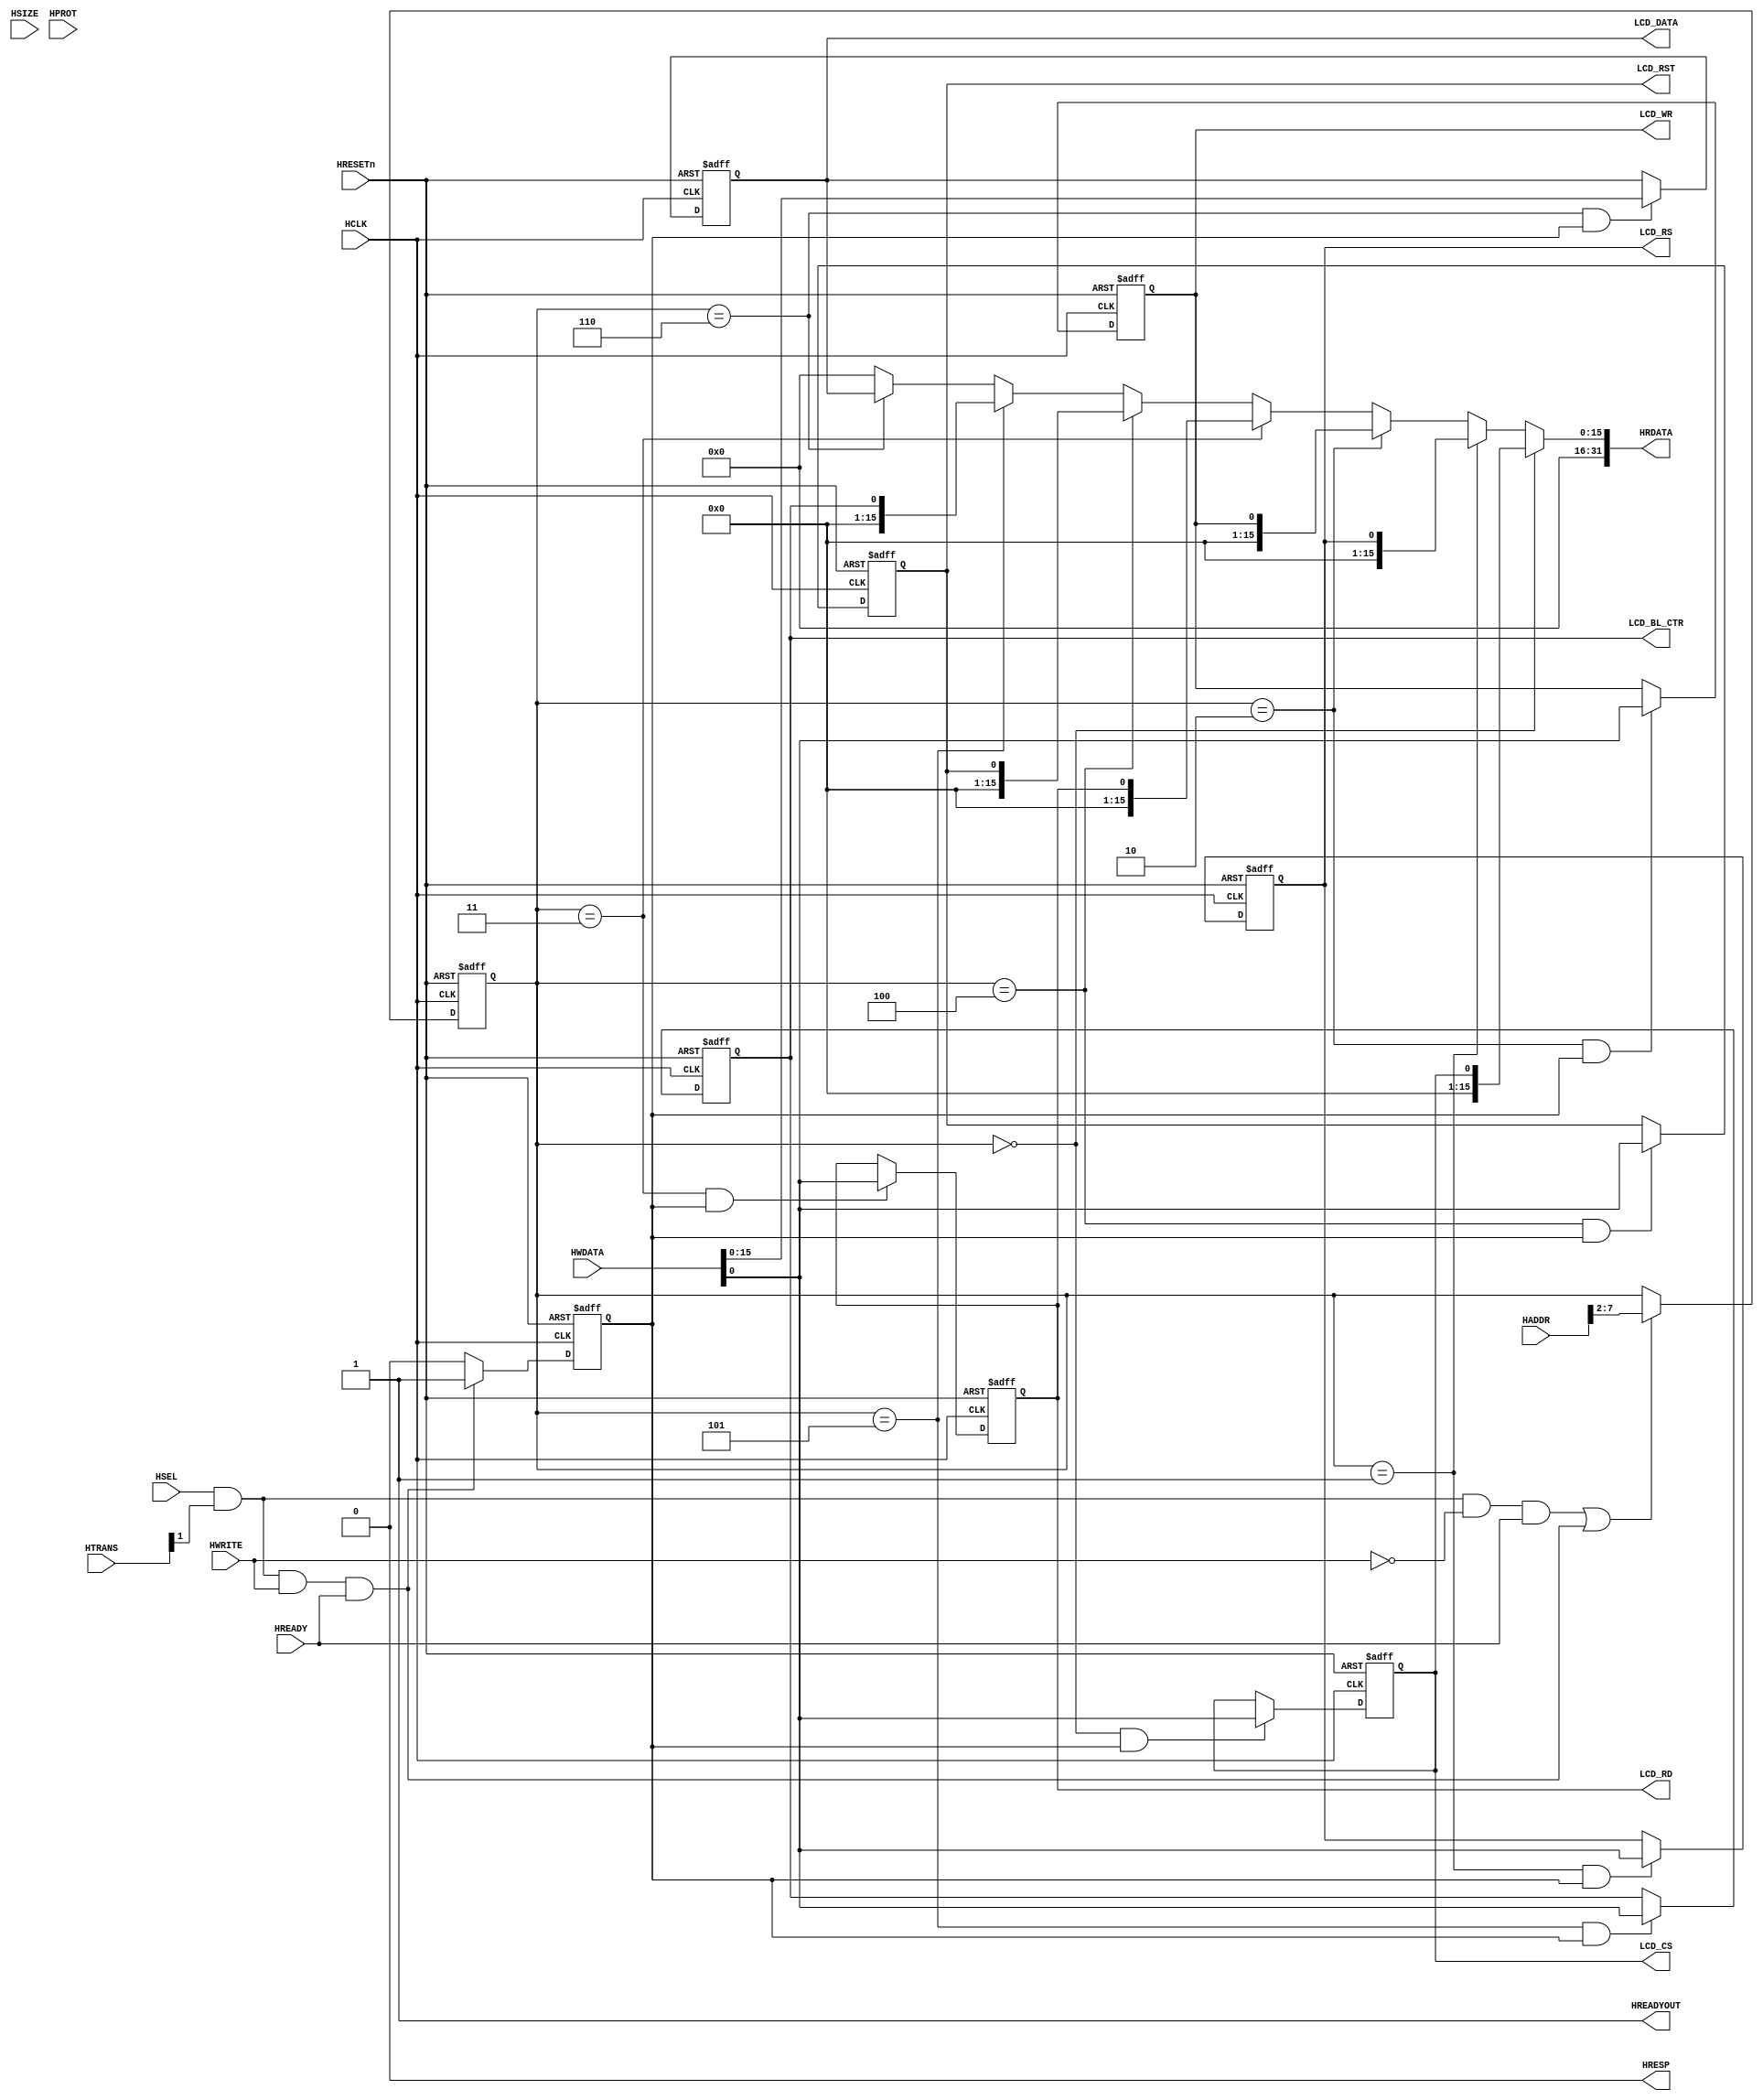
/**********************************************/
/*   LCD                                      */
/*   LCD_CS           0X5000_0000             */
/*   LCD_RS           0X5000_0004             */
/*   LCD_WR           0X5000_0008             */
/*   LCD_RD           0X5000_000C             */
/*   LCD_RST          0X5000_0010             */
/*   LCD_BL_CTR       0X5000_0014             */
/*   LCD_DATA         0X5000_0018             */
/**********************************************/
module ahb_lcd(
    input  wire                         HCLK,    
    input  wire                         HRESETn, 
    input  wire                         HSEL,    
    input  wire   [31:0]                HADDR,   
    input  wire    [1:0]                HTRANS,  
    input  wire    [2:0]                HSIZE,   
    input  wire    [3:0]                HPROT,   
    input  wire                         HWRITE,  
    input  wire   [31:0]                HWDATA,  
    input  wire                         HREADY,  
	
    output wire                         HREADYOUT, 
    output wire    [31:0]               HRDATA,  
    output wire                         HRESP,

    output  wire                        LCD_CS,
    output  wire                        LCD_RS,
    output  wire                        LCD_WR,
    output  wire                        LCD_RD,
    output  wire                        LCD_RST,
    output  wire                        LCD_BL_CTR,
    output  wire    [15:0]              LCD_DATA
);

assign HRESP = 1'b0;
assign HREADYOUT = 1'b1;

wire read_en;
assign read_en=HSEL&HTRANS[1]&(~HWRITE)&HREADY;

wire write_en;
assign write_en=HSEL&HTRANS[1]&(HWRITE)&HREADY;

reg [5:0] addr;
always@(posedge HCLK or negedge HRESETn) begin
  if(~HRESETn) addr <= 6'b0;
  else if(read_en || write_en) addr <= HADDR[7:2];
end

reg write_en_reg;
always@(posedge HCLK or negedge HRESETn) begin
  if(~HRESETn) write_en_reg <= 1'b0;
  else if(write_en) write_en_reg <= 1'b1;
  else  write_en_reg <= 1'b0;
end

wire        LCD_CS_en;
wire        LCD_RS_en;
wire        LCD_WR_en;
wire        LCD_RD_en;
wire        LCD_RST_en;
wire        LCD_BL_CTR_en;
wire [15:0] LCD_DATA_en;

assign LCD_CS_en        = addr == 6'h00 & write_en_reg;
assign LCD_RS_en        = addr == 6'h01 & write_en_reg;
assign LCD_WR_en        = addr == 6'h02 & write_en_reg;
assign LCD_RD_en        = addr == 6'h03 & write_en_reg;
assign LCD_RST_en       = addr == 6'h04 & write_en_reg;
assign LCD_BL_CTR_en    = addr == 6'h05 & write_en_reg;
assign LCD_DATA_en      = addr == 6'h06 & write_en_reg;

reg        LCD_CS_reg;
reg        LCD_RS_reg;
reg        LCD_WR_reg;
reg        LCD_RD_reg;
reg        LCD_RST_reg;
reg        LCD_BL_CTR_reg;
reg [15:0] LCD_DATA_reg;

always@(posedge HCLK or negedge HRESETn) begin
    if(~HRESETn) begin
        LCD_CS_reg <= 1'b0;
        LCD_RS_reg <= 1'b0;
        LCD_WR_reg <= 1'b0;
        LCD_RD_reg <= 1'b0;
        LCD_RST_reg <= 1'b0;
        LCD_BL_CTR_reg <= 1'b0;
        LCD_DATA_reg <= 16'b0;
    end 
    else begin
        if (LCD_CS_en) 
            LCD_CS_reg <= HWDATA[0];
        if (LCD_RS_en) 
            LCD_RS_reg <= HWDATA[0];
        if (LCD_WR_en)
            LCD_WR_reg <= HWDATA[0];
        if (LCD_RD_en)
            LCD_RD_reg <= HWDATA[0];
        if (LCD_RST_en)
            LCD_RST_reg <= HWDATA[0];
        if (LCD_BL_CTR_en)
            LCD_BL_CTR_reg <= HWDATA[0];
        if (LCD_DATA_en)
            LCD_DATA_reg <= HWDATA[15:0];
    end
end

//-------------------------------------------------------------------       
//                  HRDATA DECODER
//-------------------------------------------------------------------

assign HRDATA    =  (   addr == 6'h00   ) ?  {31'b0,LCD_CS_reg    }  :   (         
                    (   addr == 6'h01   ) ?  {31'b0,LCD_RS_reg    }  :   (
                    (   addr == 6'h02   ) ?  {31'b0,LCD_WR_reg    }  :   (
                    (   addr == 6'h03   ) ?  {31'b0,LCD_RD_reg    }  :   (
                    (   addr == 6'h04   ) ?  {31'b0,LCD_RST_reg   }  :   (
                    (   addr == 6'h05   ) ?  {31'b0,LCD_BL_CTR_reg}  :   (
                    (   addr == 6'h06   ) ?  {16'b0,LCD_DATA_reg  }  :   32'b0))))));

assign LCD_CS       = LCD_CS_reg;
assign LCD_RS       = LCD_RS_reg;
assign LCD_WR       = LCD_WR_reg;
assign LCD_RD       = LCD_RD_reg;
assign LCD_RST      = LCD_RST_reg;
assign LCD_BL_CTR   = LCD_BL_CTR_reg;
assign LCD_DATA     = LCD_DATA_reg;
endmodule